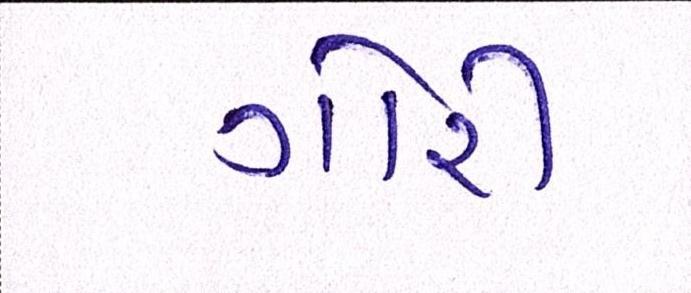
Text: ગોરી